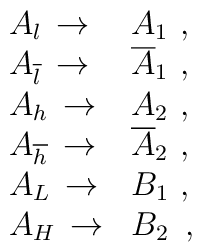
\begin{array}{ll}A_l \,\rightarrow & A_1 \,\, ,\\A_{\overline{l}} \,\rightarrow & \overline{A}_1 \,\, ,\\A_h \, \rightarrow & A_2 \,\, ,\\A_{\overline{h}} \, \rightarrow & \overline{A}_2 \,\, ,\\A_L \,\rightarrow & B_1 \,\, ,\\A_H \,\rightarrow & B_2 \,\,\, ,\end{array}